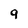
Character: 9